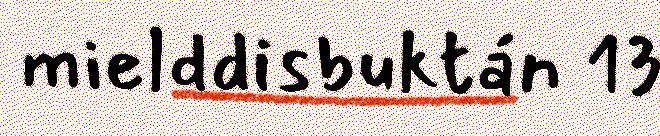
mielddisbuktán 13